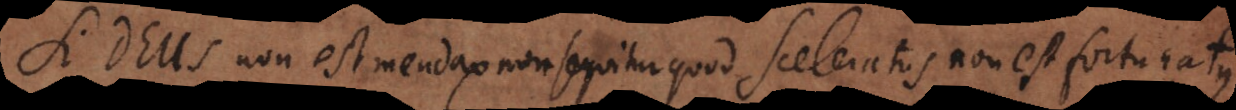
Si Deus non est mendax non sequitur quod sceleratus non est fortunatus.